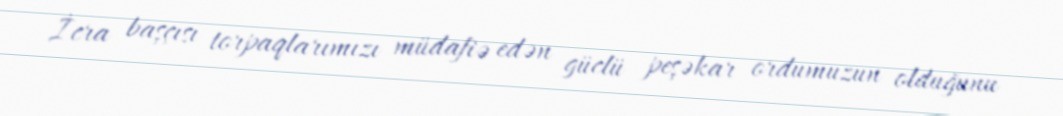
İcra başçısı torpaqlarımızı müdafiə edən güclü peşəkar ordumuzun olduğunu